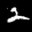
Label: 2